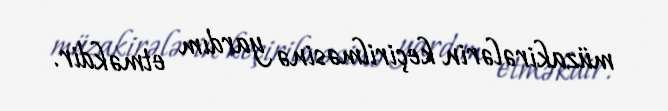
müzakirələrin keçirilməsinə yardım etməkdir.